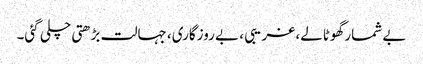
بے شمار گھوٹالے، غریبی ، بے روزگاری، جہالت بڑھتی چلی گئی۔